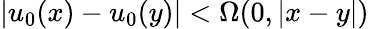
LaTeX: |u_{0}(x)-u_{0}(y)|<\Omega(0,|x-y|)